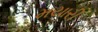
મયારી